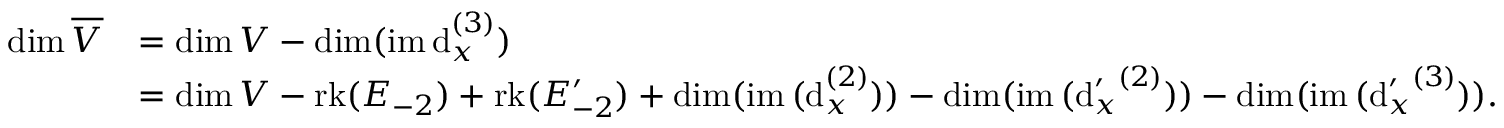
\begin{array} { r l } { \dim \overline { { V } } } & { = \dim V - \dim ( \mathrm { i m } \, \mathrm { d } _ { x } ^ { ( 3 ) } ) } \\ & { = \dim V - \mathrm { r k } ( E _ { - 2 } ) + \mathrm { r k } ( E _ { - 2 } ^ { \prime } ) + \dim ( \mathrm { i m } \, ( \mathrm { d } _ { x } ^ { ( 2 ) } ) ) - \dim ( \mathrm { i m } \, ( { \mathrm { d } _ { x } ^ { \prime } } ^ { ( 2 ) } ) ) - \dim ( \mathrm { i m } \, ( { \mathrm { d } _ { x } ^ { \prime } } ^ { ( 3 ) } ) ) . } \end{array}